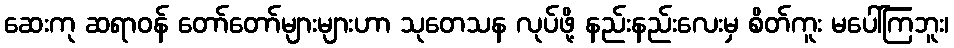
ဆေးကု ဆရာဝန် တော်တော်များများဟာ သုတေသန လုပ်ဖို့ နည်းနည်းလေးမှ စိတ်ကူး မပေါ်ကြဘူး၊